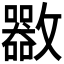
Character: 𣀬